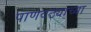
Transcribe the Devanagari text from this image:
पाणवठ्याच्या